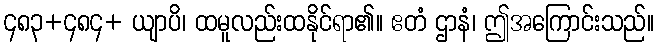
၄၈၃+၄၈၄+ ယျာပိ၊ ထမူလည်းထနိုင်ရာ၏။ ဧတံ ဌာနံ၊ ဤအကြောင်းသည်။